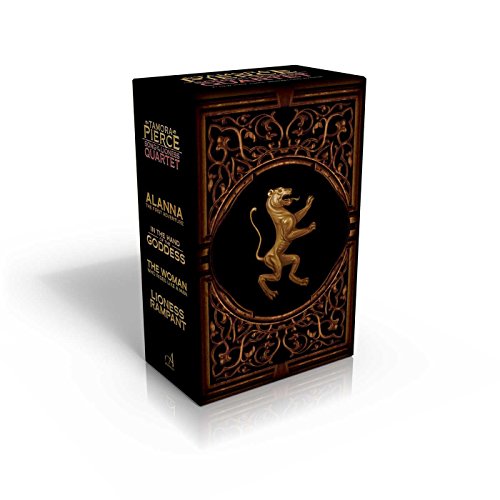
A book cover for Song of the Lioness Quartet: Alanna; In the Hand of the Goddess; The Woman Who Rides Like a Man; Lioness Rampant; Tamora Pierce; Teen & Young Adult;